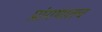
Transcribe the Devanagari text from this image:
प्रांगणातच